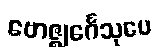
ဗောဇ္ဈင်္ဂေသုပေ